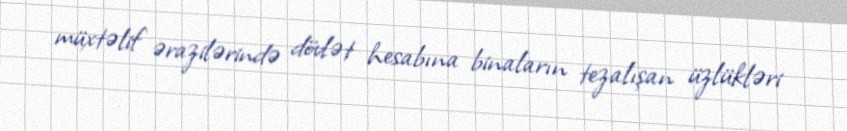
müxtəlif ərazilərində dövlət hesabına binaların tezalışan üzlükləri